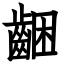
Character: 齫